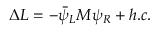
\Delta { \cal L } = - \bar { \psi } _ { L } { \cal M } \psi _ { R } + h . c .